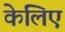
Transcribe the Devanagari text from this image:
केलिए